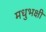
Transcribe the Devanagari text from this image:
मधुभक्षी